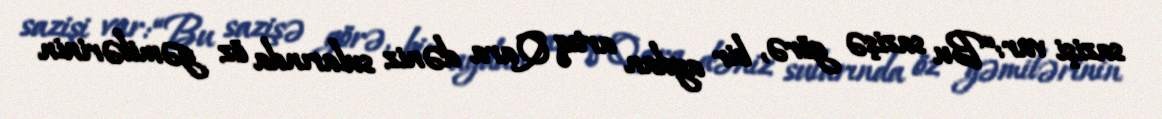
sazişi var: “Bu sazişə görə, bir aydan artıq Qara dəniz sularında öz gəmilərinin